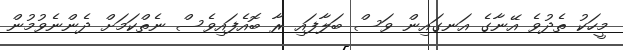
މީހަކު ތެދުވެ އޭނާގެ އަނގައިން ވަސް ބަލާފައި ރާ ބޮއެފައިވެސް ނެތްކަމަށް ދެންނެވުމުން